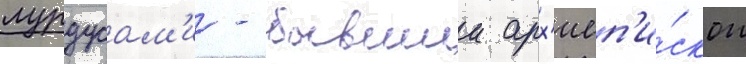
лурдусам'и - бывшии арх'иеп'и́скоп